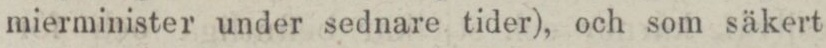
mierminister under sednare tider), och som säkert